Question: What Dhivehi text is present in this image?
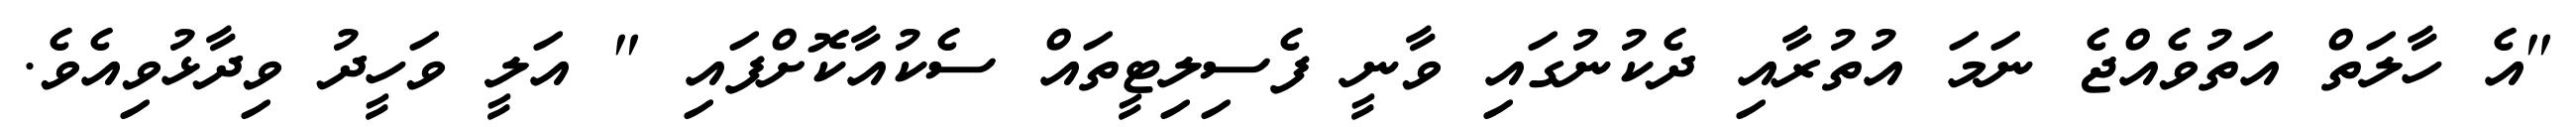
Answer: "އެ ހާލަތް އަތުވެއްޖެ ނަމަ އުތުރާއި ދެކުނުގައި ވާނީ ފެސިލިޓީތައް ސެކުއާކޮށްފައި " އަލީ ވަހީދު ވިދާޅުވިއެވެ.